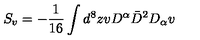
S _ { v } = - \frac { 1 } { 1 6 } \int d ^ { 8 } z v D ^ { \alpha } \bar { D } ^ { 2 } D _ { \alpha } v